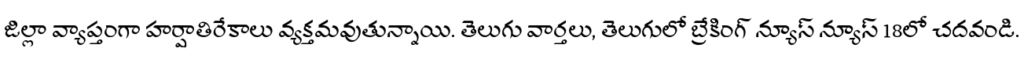
జిల్లా వ్యాప్తంగా హర్షాతిరేకాలు వ్యక్తమవుతున్నాయి. తెలుగు వార్తలు, తెలుగులో బ్రేకింగ్ న్యూస్ న్యూస్ 18లో చదవండి.